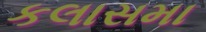
કલાસમા